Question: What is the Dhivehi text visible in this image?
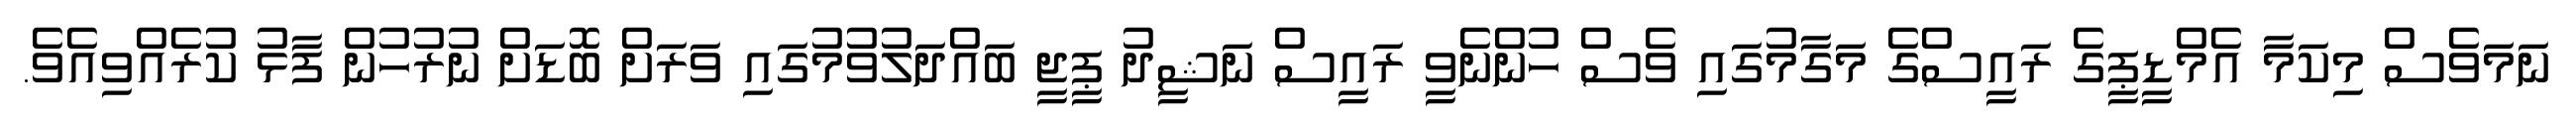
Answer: ނަމަވެސް މިކަމާ އެމްޑީޕީގެ ރައީސްގެ މަގާމުގައި ވެސް ހުންނެވީ ރައީސް ނަޝީދު ޕީޖީ ބައްދަލުވުމުގައި ވަރަށް ބޮޑަށް ނުރުހުން ފާޅު ކުރެއްވިއެވެ.